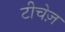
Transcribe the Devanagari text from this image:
टीचेज़